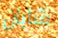
شابان